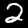
Digit: 2